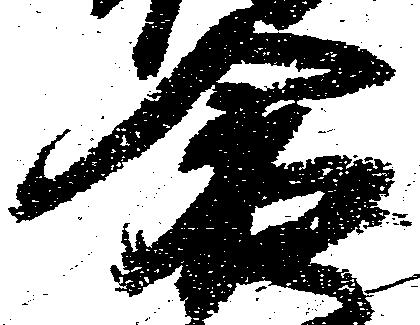
倉